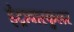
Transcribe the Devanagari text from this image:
इंट्रावास्कुलर